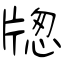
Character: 牎